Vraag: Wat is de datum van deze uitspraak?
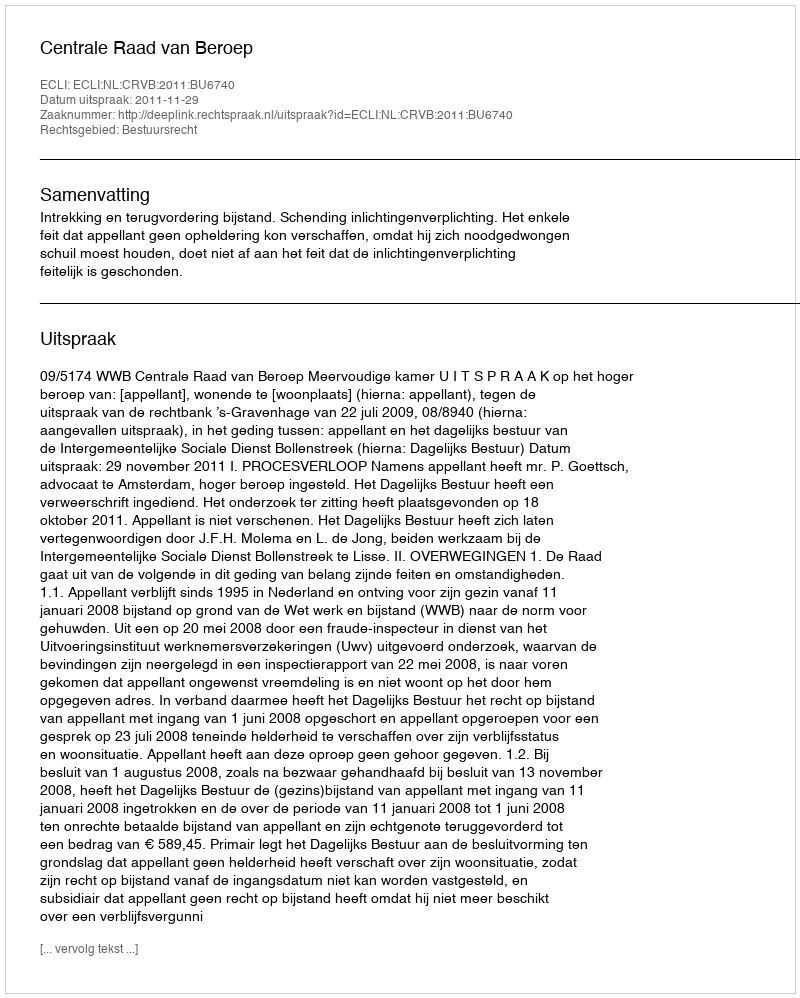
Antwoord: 2011-11-29